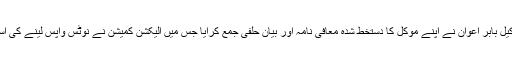
عمران خان کے وکیل بابر اعوان نے اپنے موکل کا دستخط شدہ معافی نامہ اور بیان حلفی جمع کرایا جس میں الیکشن کمیشن نے نوٹس واپس لینے کی استدعا کی گئی تھی۔